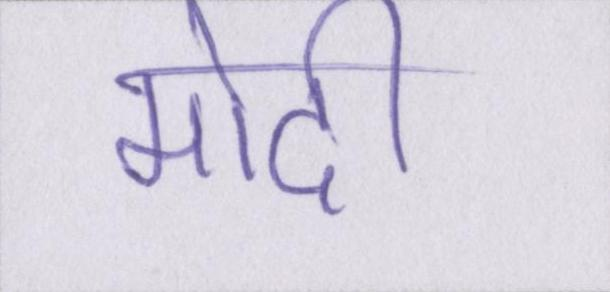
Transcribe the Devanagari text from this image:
मोदी